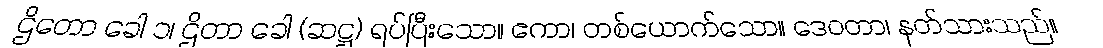
ဌိတော ခေါ ၁၊ ဌိတာ ခေါ (ဆဋ္ဌ) ရပ်ပြီးသော။ ဧကာ၊ တစ်ယောက်သော။ ဒေဝတာ၊ နတ်သားသည်။